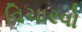
વિચારવો